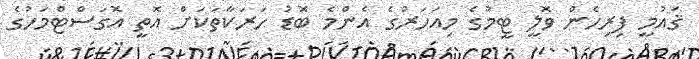
ޤައުމީ ފިރިހެން ވޮލީ ޓީމުގެ މިއަހަރުގެ އެންމެ ބޮޑު ހަރަކާތަކަށް އޮތީ އޮގަސްޓްމަހުގެ